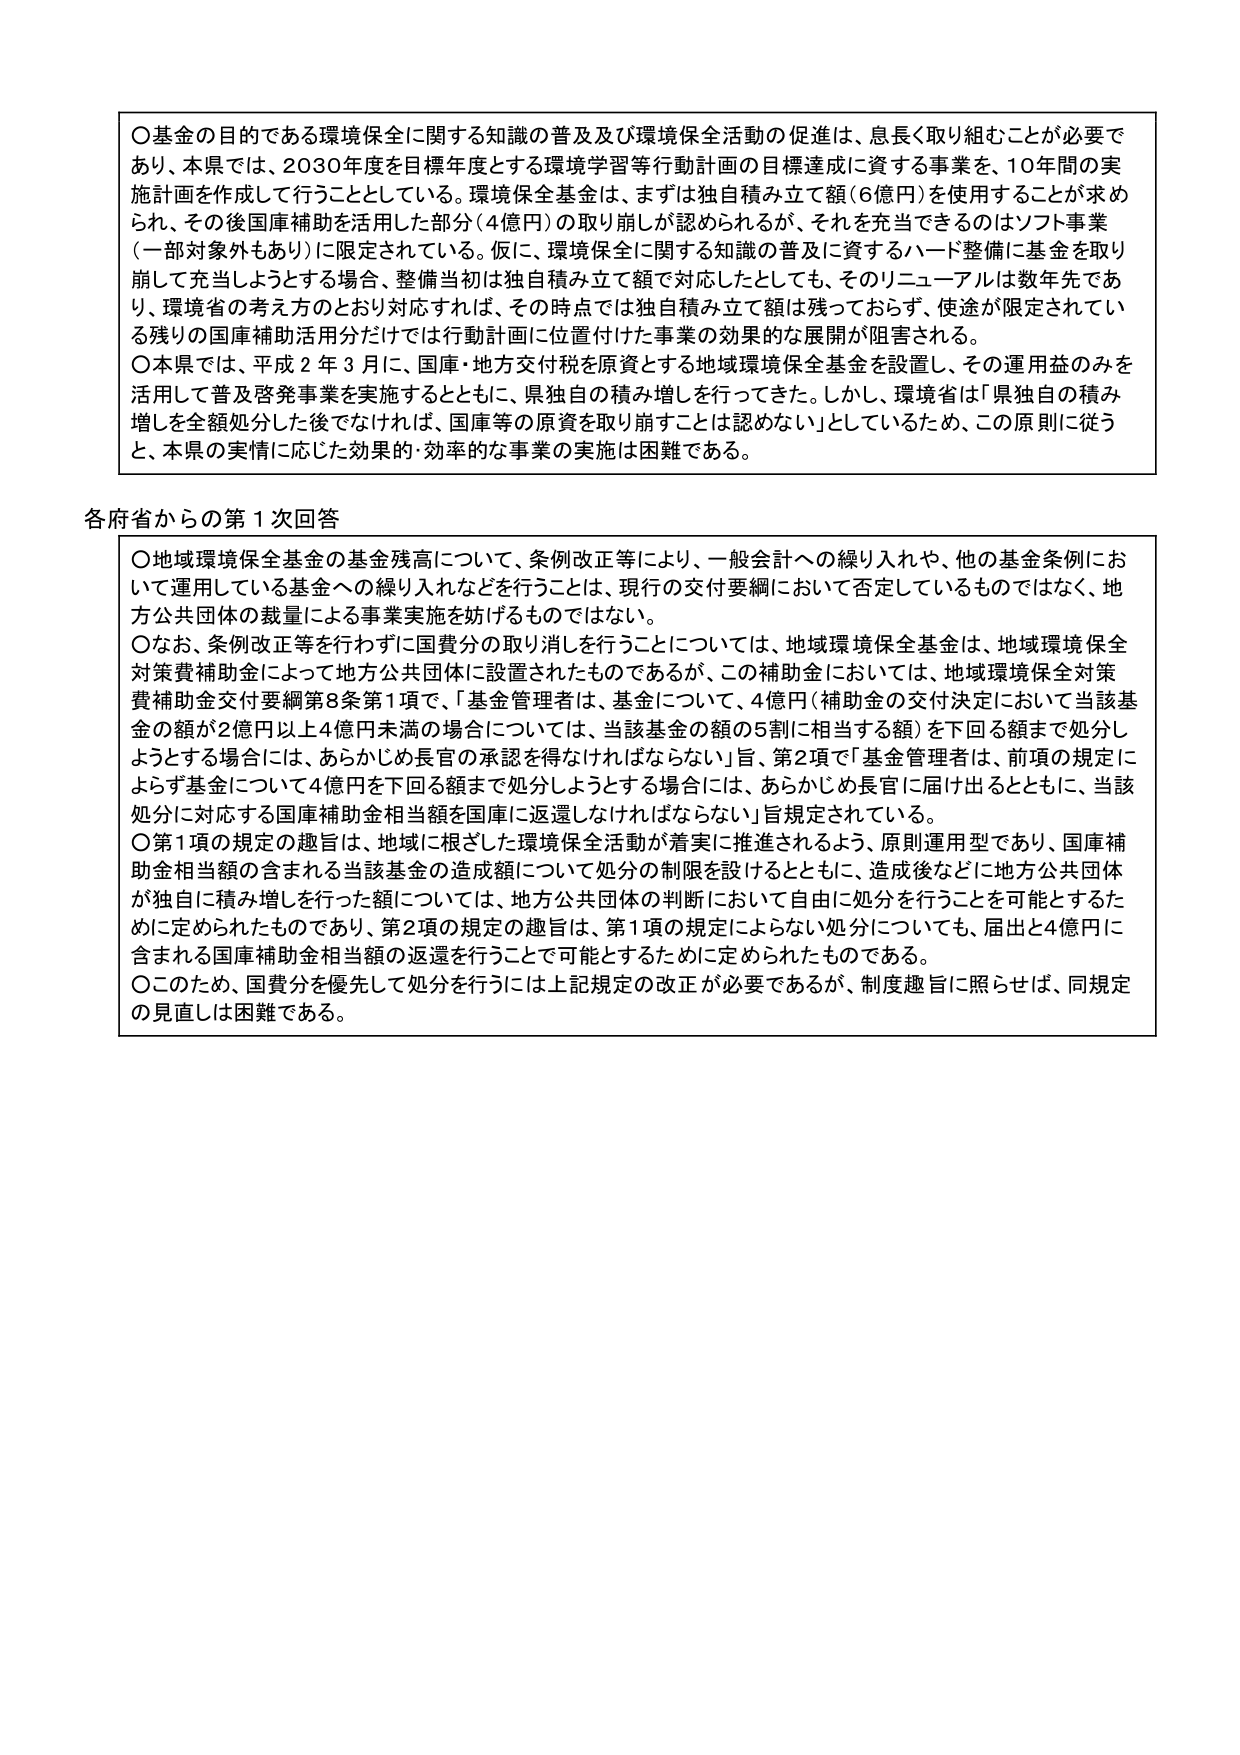
〇基金の目的である環境保全に関する知識の普及及び環境保全活動の促進は、息長く取り組むことが必要であり、本県では、2030年度を目標年度とする環境学習等行動計画の目標達成に資する事業を、10年間の実施計画を作成して行うこととしている。環境保全基金は、まずは独自積み立て額（6億円）を使用することが求められ、その後国庫補助を活用した部分（4億円）の取り崩しが認められるが、それを充当できるのはソフト事業（一部対象外もあり）に限定されている。仮に、環境保全に関する知識の普及に資するハード整備に基金を取り崩して充当しようとする場合、整備当初は独自積み立て額で対応したとしても、そのリニューアルは数年先であり、環境省の考え方のとおり対応すれば、その時点では独自積み立て額は残っておらず、使途が限定されている残りの国庫補助活用分だけでは行動計画に位置付けた事業の効果的な展開が阻害される。

〇本県では、平成２年３月に、国庫・地方交付税を原資とする地域環境保全基金を設置し、その運用益のみを活用して普及啓発事業を実施するとともに、県独自の積み増しを行ってきた。しかし、環境省は「県独自の積み増しを全額処分した後でなければ、国庫等の原資を取り崩すことは認めない」としているため、この原則に従うと、本県の実情に応じた効果的・効率的な事業の実施は困難である。

各府省からの第１次回答

〇地域環境保全基金の基金残高について、条例改正等により、一般会計への繰り入れや、他の基金条例において運用している基金への繰り入れなどを行うことは、現行の交付要綱において否定しているものではなく、地方公共団体の裁量による事業実施を妨げるものではない。

〇なお、条例改正等を行わずに国費分の取り消しを行うことについては、地域環境保全基金は、地域環境保全対策費補助金によって地方公共団体に設置されたものであるが、この補助金においては、地域環境保全対策費補助金交付要綱第8条第1項で、「基金管理者は、基金に増して、4億円（補助金の交付決定において当該基金の額が2億円以上4億円未満の場合については、当該基金の額の5割に相当する額）を下回る額まで処分しようとする場合には、あらかじめ長官の承認を得なければならない」旨、第2項で「基金管理者は、前項の規定によらず基金について4億円を下回る額まで処分しようとする場合には、あらかじめ長官に届け出るとともに、当該処分に対応する国庫補助金相当額を国庫に返還しなければならない」旨規定されている。

〇第1項の規定の趣旨は、地域に根ざした環境保全活動が着実に推進されるよう、原則運用型であり、国庫補助金相当額の含まれる当該基金の造成額について処分の制限を設けるとともに、造成後などに地方公共団体が独自に積み増しを行った額については、地方公共団体の判断において自由に処分を行うことを可能とするために定められたものであり、第2項の規定の趣旨は、第1項の規定によらない処分についても、届出と4億円に含まれる国庫補助金相当額の返還を行うことで可能とするために定められたものである。

〇このため、国費分を優先して処分を行うには上記規定の改正が必要であるが、制度趣旨に照らせば、同規定の見直しは困難である。